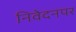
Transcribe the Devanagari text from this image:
निवेदनपर